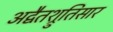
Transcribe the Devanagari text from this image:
अद्वैतश्रुतिसार